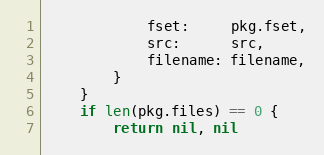
Language: Go
			fset:     pkg.fset,
			src:      src,
			filename: filename,
		}
	}
	if len(pkg.files) == 0 {
		return nil, nil